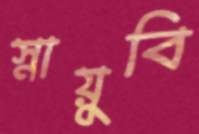
স্নায়ুবি